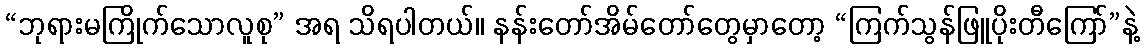
“ဘုရားမကြိုက်သောလူစု” အရ သိရပါတယ်။ နန်းတော်အိမ်တော်တွေမှာတော့ “ကြက်သွန်ဖြူပိုးတီကြော်”နဲ့